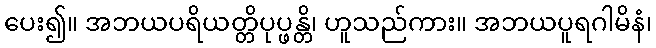
ပေး၍။ အဘယပရိယတ္တိပုပ္ဖန္တိ၊ ဟူသည်ကား။ အဘယပူရဂါမိနံ၊